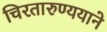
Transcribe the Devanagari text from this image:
चिरतारुण्ययाने